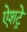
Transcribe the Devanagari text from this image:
ऐशट्रे